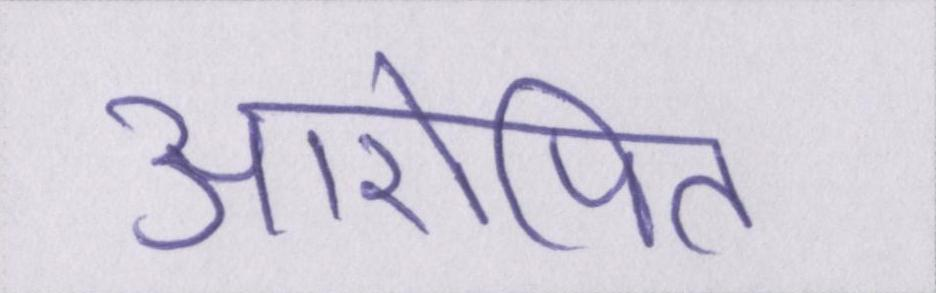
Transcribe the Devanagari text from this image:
आरोपित